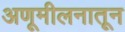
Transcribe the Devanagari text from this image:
अणूमीलनातून